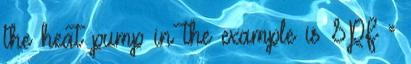
the heat pump in the example is SPF =